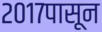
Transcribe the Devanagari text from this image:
२०१७पासून